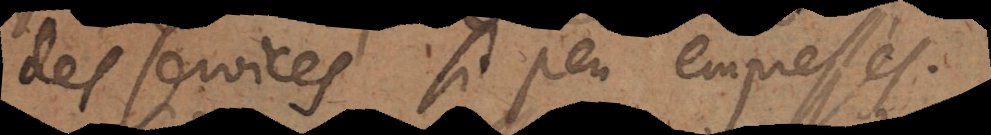
des services si peu empressés.